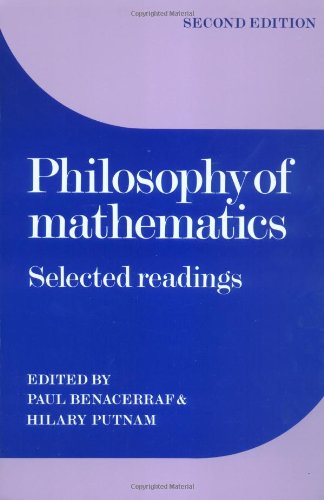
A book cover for Philosophy of Mathematics: Selected Readings; Science & Math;